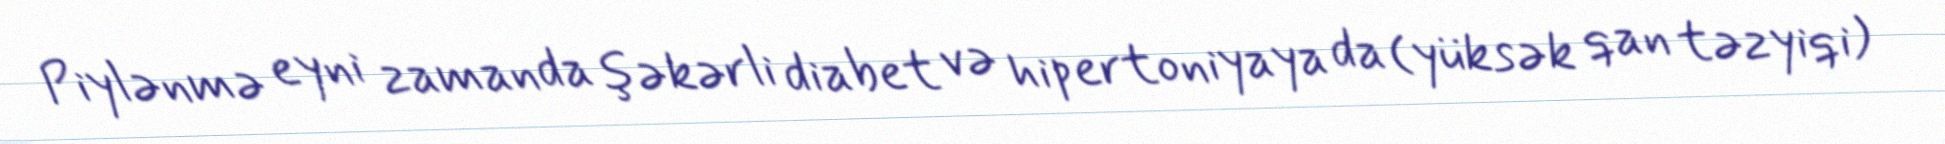
Piylənmə eyni zamanda şəkərli diabet və hipertoniyaya da (yüksək qan təzyiqi)